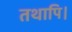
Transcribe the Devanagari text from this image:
तथापि।